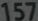
157